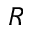
R